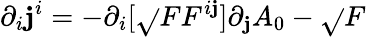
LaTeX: \partial_{i}\mathbf{j}^{i}=-\partial_{i}[\sqrt{}{{F}}F^{i\mathbf{j}}]\partial_{\mathbf{j}}A_{0}-\sqrt{}{{F}}